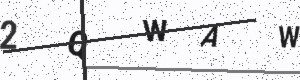
Text: 2QWAW